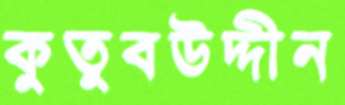
কুতুবউদ্দীন